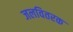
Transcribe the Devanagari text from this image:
जलवितरक